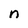
Character: n